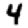
Digit: 4